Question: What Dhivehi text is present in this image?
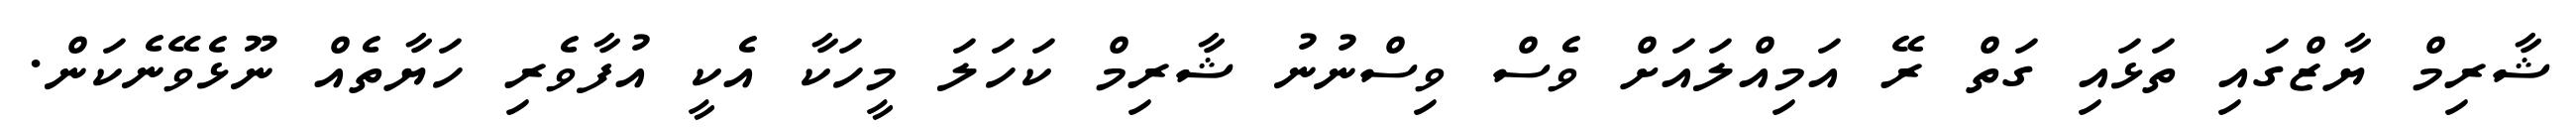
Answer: ޝާރިމް ޔާޒްގައި ތަޅައި ގަތް ރޭ އަމިއްލައަށް ވެސް ވިސްނުނު ޝާރިމް ކަހަލަ މީހަކާ އެކީ އުފާވެރި ހަޔާތެއް ނޫޅެވޭނެކަން.